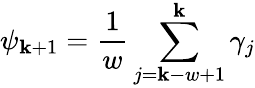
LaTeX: \displaystyle{\psi_{\mathbf{k}+1}=\frac{{1}}{{w}}\sum_{j=\mathbf{k}-w+1}^{\mathbf{k}}\gamma_{j}}